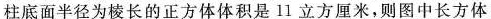
柱底面半径为棱长的正方体体积是11立方厘米，则图中长方体